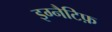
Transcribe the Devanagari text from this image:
इग्नैटिफ़